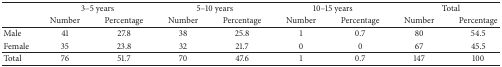
<table><thead><tr><td><b> </b></td><td colspan="2"><b>3–5 years</b></td><td colspan="2"><b>5–10 years</b></td><td colspan="2"><b>10–15 years</b></td><td colspan="2"><b>Total</b></td></tr><tr><td><b> </b></td><td><b>Number</b></td><td><b>Percentage</b></td><td><b>Number</b></td><td><b>Percentage</b></td><td><b>Number</b></td><td><b>Percentage</b></td><td><b>Number</b></td><td><b>Percentage</b></td></tr></thead><tbody><tr><td>Male</td><td>41</td><td>27.8</td><td>38</td><td>25.8</td><td>1</td><td>0.7</td><td>80</td><td>54.5</td></tr><tr><td>Female</td><td>35</td><td>23.8</td><td>32</td><td>21.7</td><td>0</td><td>0</td><td>67</td><td>45.5</td></tr><tr><td>Total</td><td>76</td><td>51.7</td><td>70</td><td>47.6</td><td>1</td><td>0.7</td><td>147</td><td>100</td></tr></tbody></table>